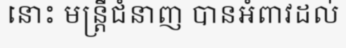
នោះ មន្ត្រីជំនាញ បានអំពាវដល់